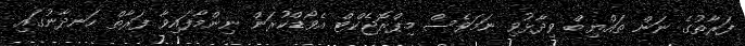
ފަރާތުގެ ނަން ތައްޔިބް ވިދާޅުވި ނަމަވެސް މިޕްރޮޖެކްޓް އެވޯޑްކުރަން ނިންމާފައިވާ ފަރާތް ހަނދާނުގައި